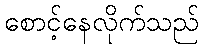
စောင့်နေလိုက်သည်